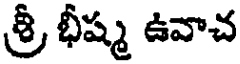
శ్రీ భీష్మ ఉవాచ